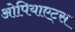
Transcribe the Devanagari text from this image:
ओपियाएट्स